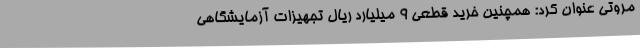
مروتی عنوان کرد: همچنین خرید قطعی 9 میلیارد ریال تجهیزات آزمایشگاهی